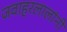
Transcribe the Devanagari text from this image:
जवाहरलालांनी